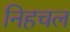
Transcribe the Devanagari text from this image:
निहचल